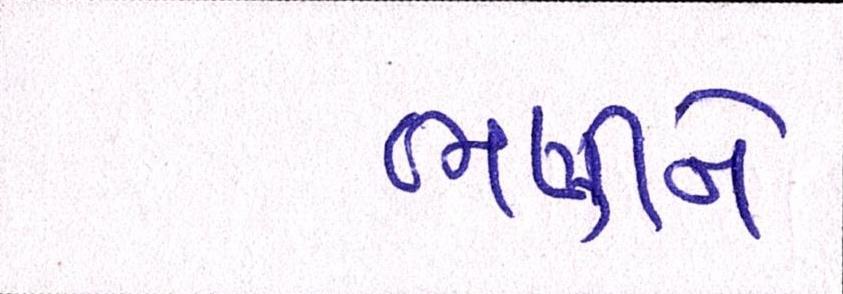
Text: ભણીને